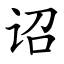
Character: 诏